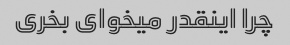
چرا اینقدر میخوای بخری